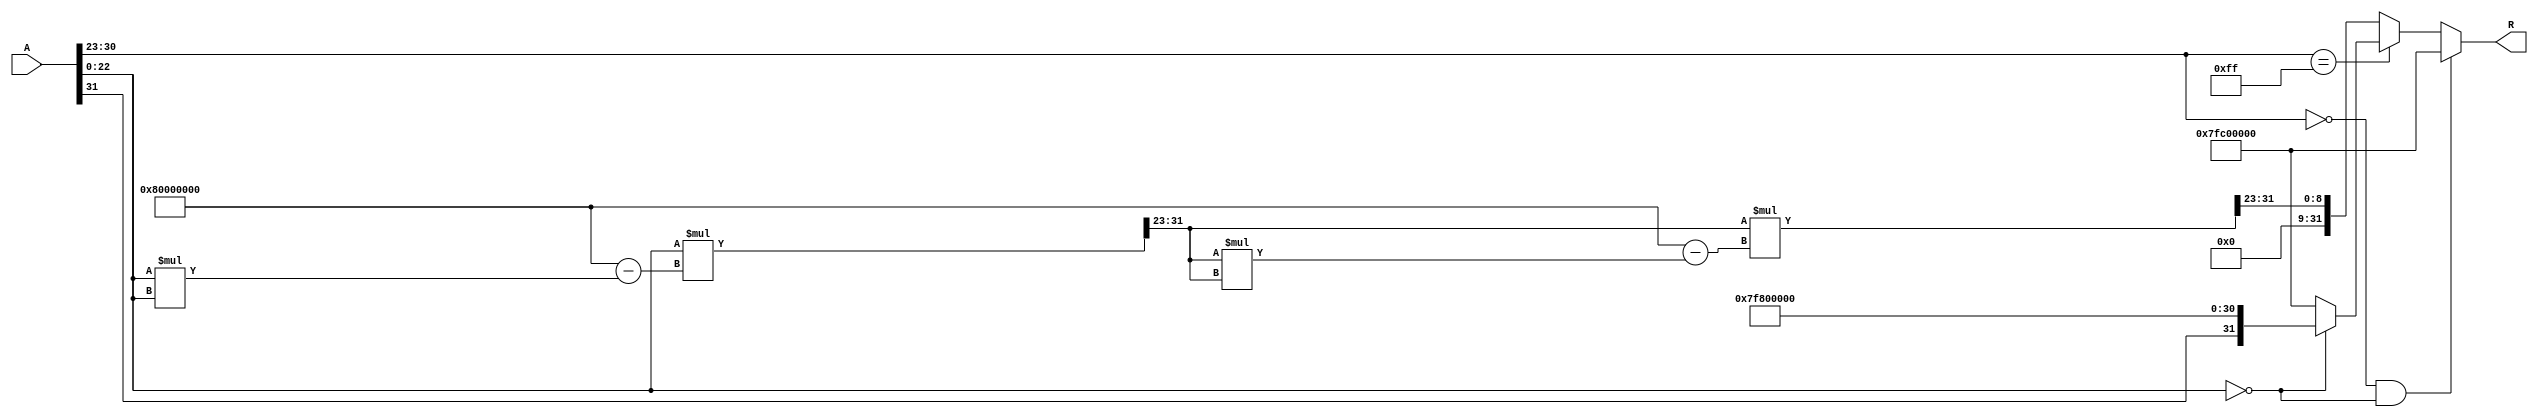
module floating_point_reciprocal (
    input  wire [31:0] A,        // Input: 32-bit floating-point number
    output reg  [31:0] R          // Output: 32-bit floating-point reciprocal
);

    // Constants
    localparam EXPONENT_BIAS = 127;
    localparam EXPONENT_MAX = 255;
    
    // Intermediate signals
    reg [7:0] exponent;
    reg [22:0] mantissa;
    reg sign;
    reg [31:0] approx;
    reg [31:0] mantissa_out;
    reg [7:0] exponent_out;
    reg sign_out;

    always @(*) begin
        // Initialize output
        R = 32'b0;

        // Extract sign, exponent, and mantissa
        sign = A[31];
        exponent = A[30:23];
        mantissa = {1'b1, A[22:0]}; // Implicit leading 1 for normalized numbers

        // Handle special cases
        if (exponent == 8'b0 && mantissa[22:0] == 23'b0) begin
            // A is zero, output should be NaN (Not a Number)
            R = 32'h7FC00000; // NaN representation
        end else if (exponent == EXPONENT_MAX) begin
            // A is infinity or NaN
            if (mantissa[22:0] == 23'b0) begin
                // A is infinity, output should be zero
                R = {sign, 8'b11111111, 23'b0}; // Output: 0
            end else begin
                // A is NaN, output should be NaN
                R = 32'h7FC00000; // NaN representation
            end
        end else begin
            // Normalized or denormalized number
            if (exponent == 8'b0) begin
                // Denormalized number, adjust mantissa
                mantissa = {1'b0, A[22:0]};
            end

            // Calculate the exponent of the reciprocal
            exponent_out = EXPONENT_BIAS - (exponent - EXPONENT_BIAS);

            // Initial approximation of the reciprocal
            approx = {1'b0, mantissa[22:0]}; // Start with the mantissa

            // Newton-Raphson iteration for reciprocal calculation
            // Using two iterations for better precision
            approx = approx * (32'h80000000 - approx * approx) >> 23; // approx = approx * (2 - approx * approx)
            approx = approx * (32'h80000000 - approx * approx) >> 23; // Second iteration

            // Calculate mantissa output
            mantissa_out = approx[22:0]; // Take the top 23 bits

            // Set the sign of the output (reciprocal of positive is positive)
            sign_out = 0;

            // Combine to form the output
            R = {sign_out, exponent_out, mantissa_out};
        end
    end

endmodule